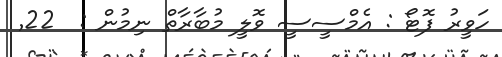
ހަވީރު ފޮޓޯ : އެމްސީސީ ވޮލީ މުބާރާތް ނިމުން :  22